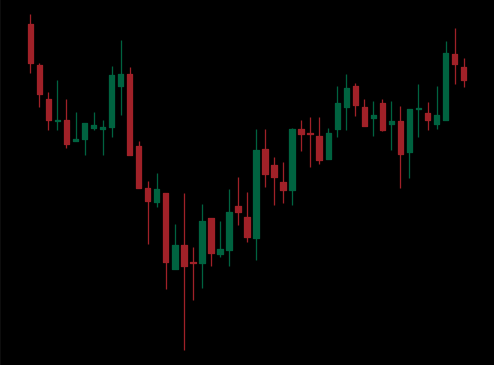
Pattern: inverse_head_shoulders